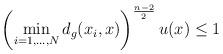
LaTeX: \begin{align*}\left(\min_{i=1,\dots, N}d_g(x_i,x)\right)^{\frac{n-2}{2}}u(x)\leq 1\end{align*}